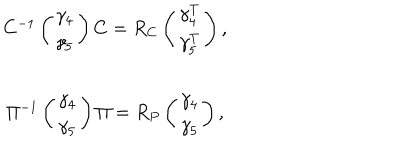
\begin{array} { c } { { C ^ { - 1 } \left( \begin{array} { c } { { \gamma _ { 4 } } } \\ { { \gamma _ { 5 } } } \\ \end{array} \right) C = R _ { C } \left( \begin{array} { c } { { \gamma _ { 4 } ^ { T } } } \\ { { \gamma _ { 5 } ^ { T } } } \\ \end{array} \right) , } } \\ { { \Pi ^ { - 1 } \left( \begin{array} { c } { { \gamma _ { 4 } } } \\ { { \gamma _ { 5 } } } \\ \end{array} \right) \Pi = R _ { P } \left( \begin{array} { c } { { \gamma _ { 4 } } } \\ { { \gamma _ { 5 } } } \\ \end{array} \right) , } } \\ \end{array}